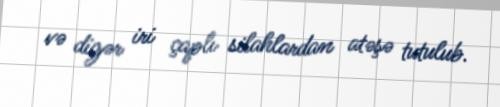
və digər iri çaplı silahlardan atəşə tutulub.